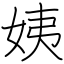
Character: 姨